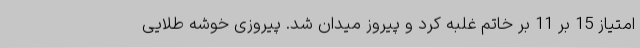
امتیاز 15 بر 11 بر خاتم غلبه کرد و پیروز میدان شد. پیروزی خوشه طلایی